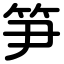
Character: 笋